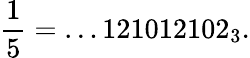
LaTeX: {\frac{1}{5}}=\dots 121012102_{3}.